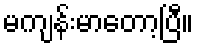
မကျန်းမာတော့ပြီ။